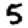
Digit: 5